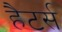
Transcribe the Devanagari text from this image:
हैटर्स